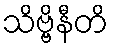
သိဗ္ဗိနီတိ